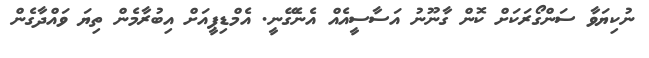
ނުކިޔަވާ ސަންގޯރަކަށް ކޮން ގާނޫނު އަސާސީއެއް އެނެގޭނީ. އެމްޑިޕީއަށް އިބުރާމެން ތިޔަ ވައްދާގެން